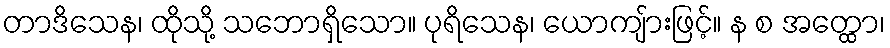
တာဒိသေန၊ ထိုသို့ သဘောရှိသော။ ပုရိသေန၊ ယောကျ်ားဖြင့်။ န စ အတ္ထော၊